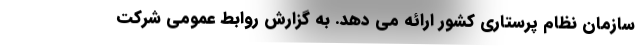
سازمان نظام پرستاری کشور ارائه می­ دهد. به گزارش روابط‌ عمومی شرکت